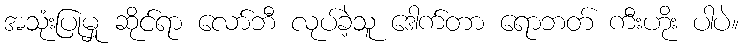
အသုံးပြုမှု ဆိုင်ရာ လော်ဘီ လုပ်ခဲ့သူ ဒေါက်တာ ရောဘတ် ကီးဟိုး ပါပဲ။